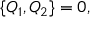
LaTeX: \{ Q _ { 1 } , Q _ { 2 } \} = 0 ,